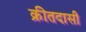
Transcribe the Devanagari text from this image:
क्रीतदासी